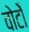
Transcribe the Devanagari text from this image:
वोटोँ